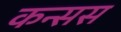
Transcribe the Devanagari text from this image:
कन्सस